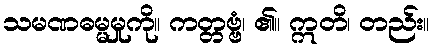
သမဏဓမ္မမှုကို။ ကတ္တဗ္ဗံ၊ ၏။ ဣတိ၊ တည်း။